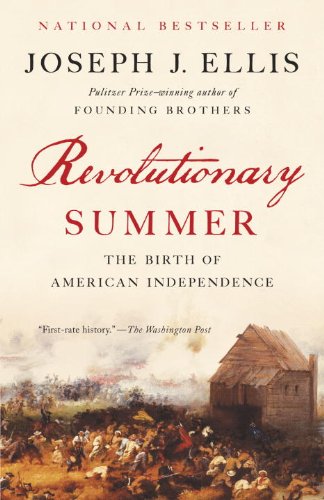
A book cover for Revolutionary Summer: The Birth of American Independence; Joseph J. Ellis; History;